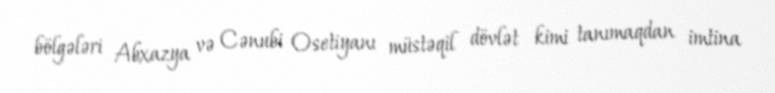
bölgələri Abxazya və Cənubi Osetiyanı müstəqil dövlət kimi tanımaqdan imtina